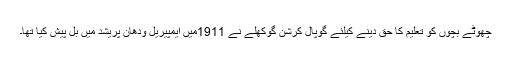
چھوٹے بچوں کو تعلیم کا حق دینے کیلئے گوپال کرشن گوکھلے نے 1911میں ایمپیریل ودھان پریشد میں بل پیش کیا تھا۔